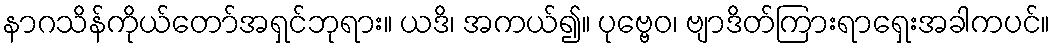
နာဂသိန်ကိုယ်တော်အရှင်ဘုရား။ ယဒိ၊ အကယ်၍။ ပုဗ္ဗေဝ၊ ဗျာဒိတ်ကြားရာရှေးအခါကပင်။